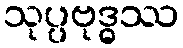
သုပ္ပဗုဒ္ဓဿ